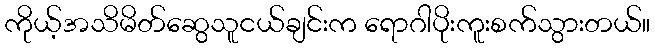
ကိုယ့်အသိမိတ်ဆွေသူငယ်ချင်းက ရောဂါပိုးကူးစက်သွားတယ်။